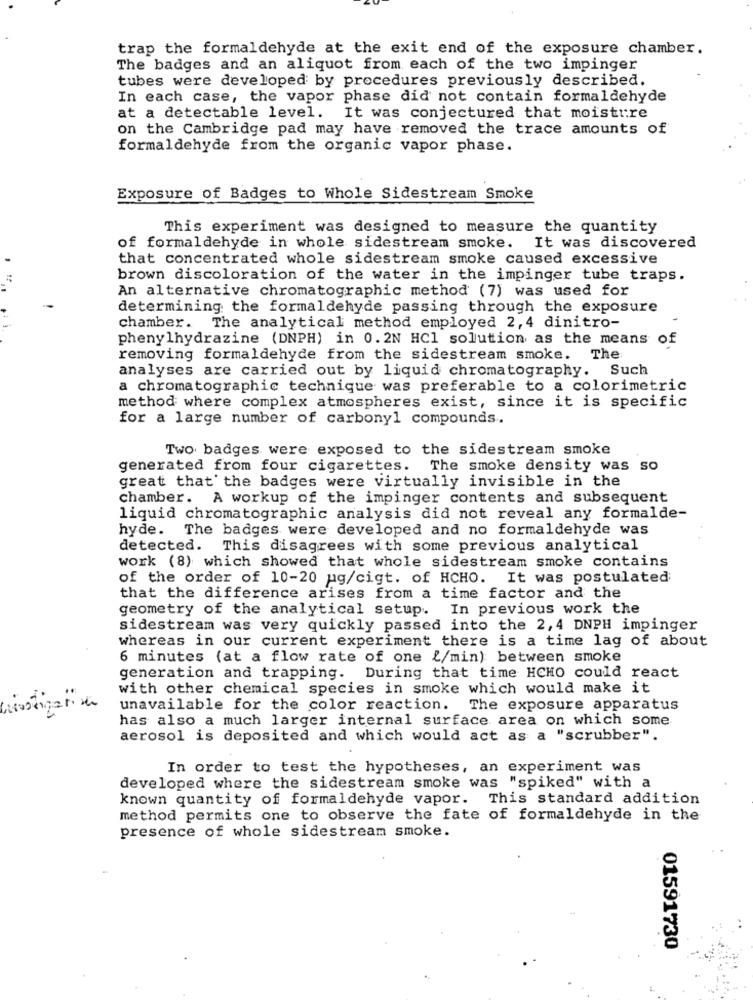
trap the formaldehyde at the exit end of the exposure chamber.
The badges and an aliquot from each of the two impinger
tubes were developed by procedures previously described.
In each case, the vapor phase did not contain formaldehyde
at a detectable level. It was conjectured that moisture
on the Cambridge pad may have removed the trace amounts of
formaldehyde from the organic vapor phase.
Exposure of Badges to Whole Sidestream Smoke
This experiment was designed to measure the quantity
of formaldehyde in whole sidestream smoke. It was discovered
that concentrated whole sidestream smoke caused excessive
brown discoloration of the water in the impinger tube traps.
An alternative chromatographic method (7) was used for
determining the formaldehyde passing through the exposure
chamber. The analytical method employed 2, 4 dinitro-
phenylhydrazine (DNPH) in 0.2N HCI solution as the means
of
removing formaldehyde from the sidestream smoke. The
analyses are carried out by liquid chromatography. Such
a chromatographic technique was preferable to a colorimetric
method where complex atmospheres exist, since it is specific
for a large number of carbonyl compounds.
Two badges were exposed to the sidestream smoke
generated from four cigarettes. The smoke density was so
great that the badges were virtually invisible in the
chamber. A workup of the impinger contents and subsequent
liquid chromatographic analysis did not reveal any formalde-
hyde. The badges were developed and no formaldehyde was
detected. This disagrees with some previous analytical
work (8) which showed that whole sidestream smoke contains
of the order of 10-20 ug/cigt. of HCHO. It was postulated
that the difference arises from a time factor and the
geometry of the analytical setup. In previous work the
sidestream was very quickly passed into the 2, 4 DNPH impinger
whereas in our current experiment there is a time lag of about
6 minutes (at a flow rate of one {/min) between smoke
generation and trapping. During that time HCHO could react
with other chemical species in smoke which would make it
unavailable for the color reaction. The exposure apparatus
has also a much larger internal surface area on which some
aerosol is deposited and which would act as a "scrubber".
In order to test the hypotheses, an experiment was
developed where the sidestream smoke was "spiked" with a
known quantity of formaldehyde vapor. This standard addition
method permits one to observe the fate of formaldehyde in the
presence of whole sidestream smoke.
01591730